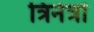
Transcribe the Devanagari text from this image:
त्रिनेत्रां